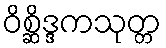
ဝိစ္ဆိဒ္ဒကသုတ္တ